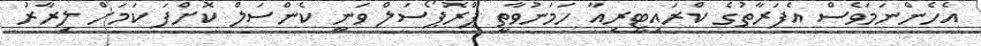
އެހެންނަމަވެސް އެފަރާތުގެ ކްރައިޓީރިއާ ހަމަނުވާތީ ޕްރޮޕޯސަލް ވަނީ ކެންސަލް ކޮށްފަ ކަމަށް ލިރާރު